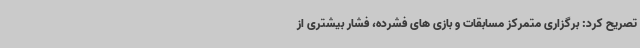
تصریح کرد: برگزاری متمرکز مسابقات و بازی های فشرده، فشار بیشتری از